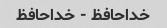
خداحافظ - خداحافظ